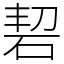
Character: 䂮